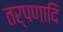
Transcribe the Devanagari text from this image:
तर्पणादि